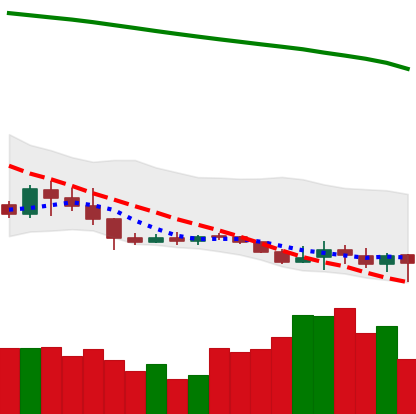
Ticker: XLM-USD
Chart end date: 2019-09-12
Forward return: 9.024%
Label: up_7plus